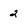
Character: 2